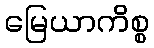
မြေယာကိစ္စ